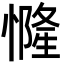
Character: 㦕